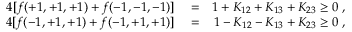
\begin{array} { r l r } { 4 [ f ( + 1 , + 1 , + 1 ) + f ( - 1 , - 1 , - 1 ) ] } & { { } = } & { 1 + K _ { 1 2 } + K _ { 1 3 } + K _ { 2 3 } \ge 0 \; , } \\ { 4 [ f ( - 1 , + 1 , + 1 ) + f ( - 1 , + 1 , + 1 ) ] } & { { } = } & { 1 - K _ { 1 2 } - K _ { 1 3 } + K _ { 2 3 } \ge 0 \; , } \end{array}